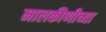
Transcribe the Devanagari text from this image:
मालकीणीच्या